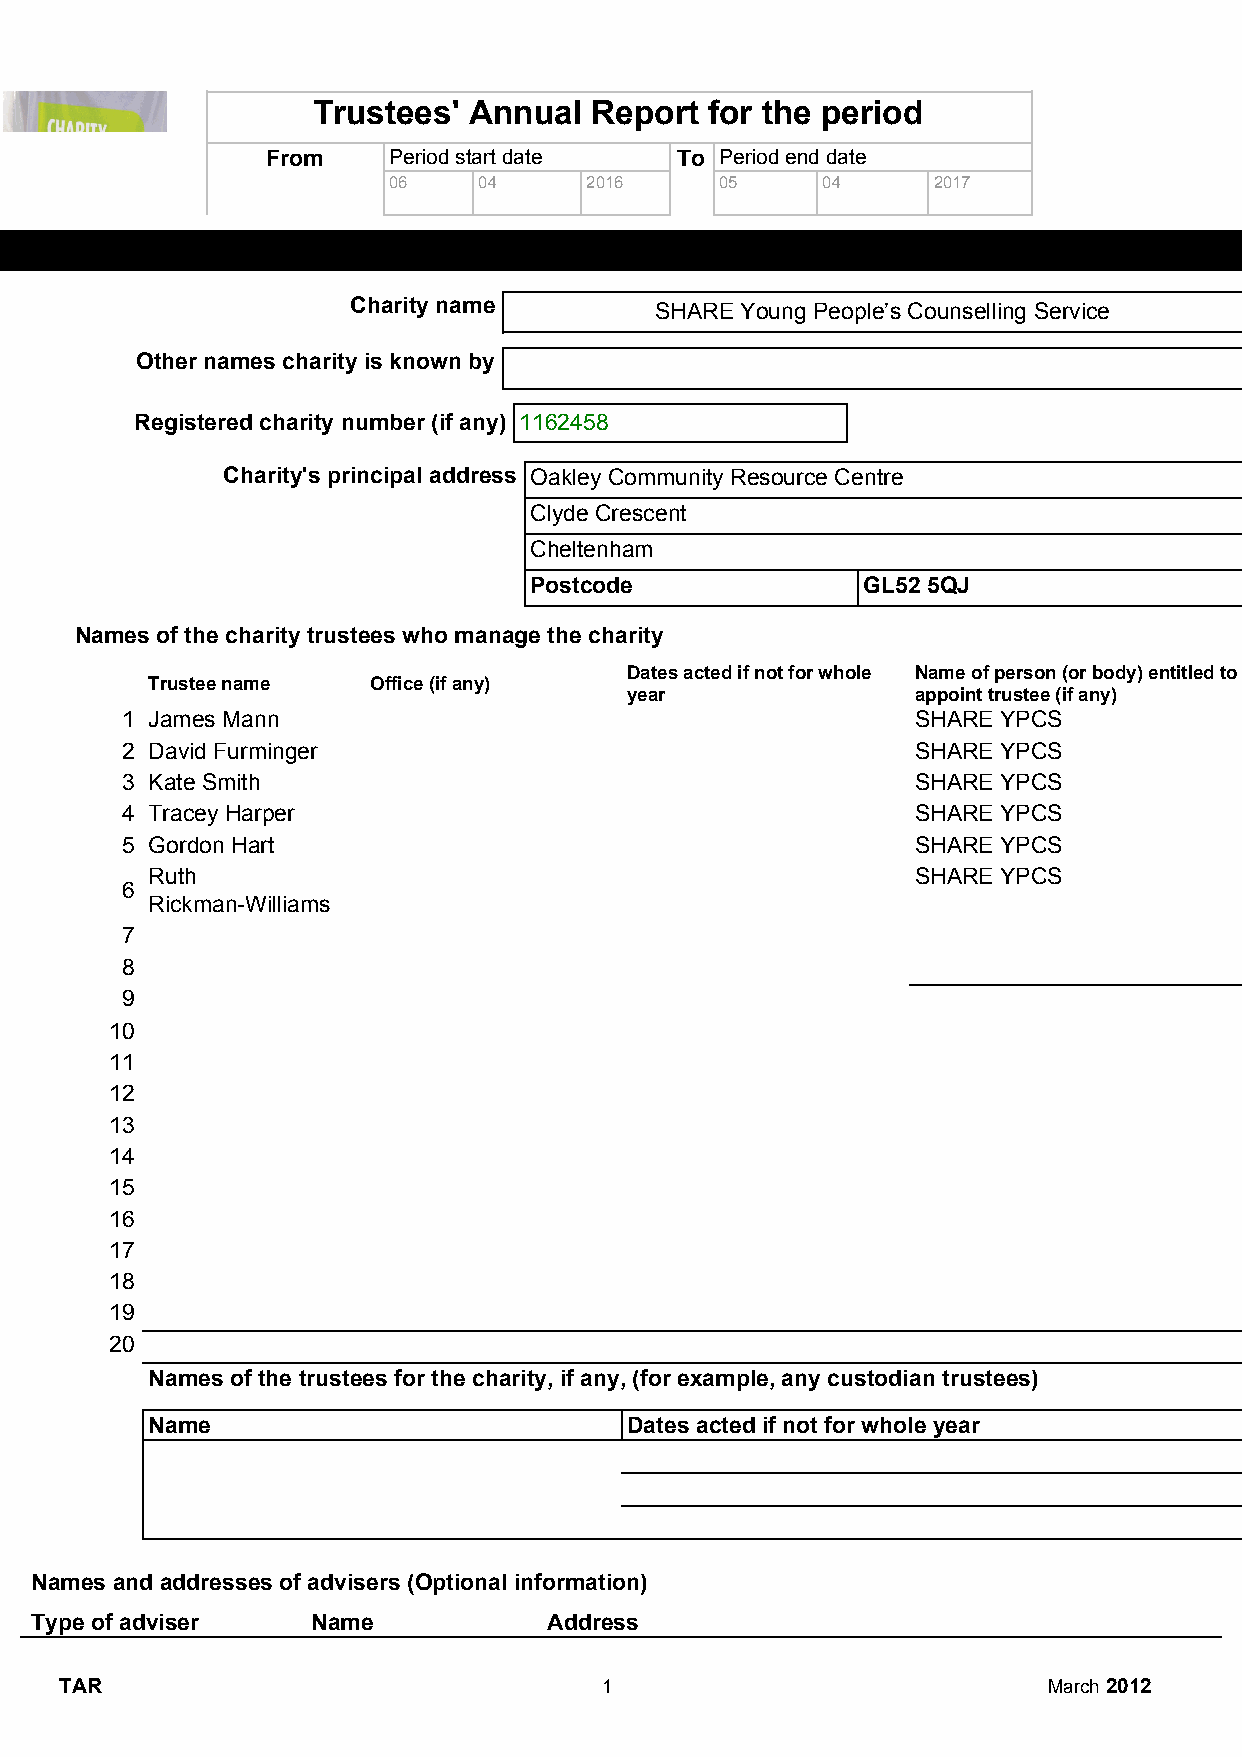
Trustees' Annual  Report  for the period
 From    Period start date  To Period end date
 06    04     2016     05    04      2017
 Section A              Reference  and administration details
 Charity name
 SHARE Young People’s Counselling Service
 Other names charity is known by
 Registered charity number (if any) 1162458
 Charity's principal address Oakley Community Resource Centre
 Clyde Crescent
 Cheltenham
 Postcode              GL52 5QJ
 Names of the charity trustees who manage the charity
 Dates acted if not for whole Name of person (or body) entitled to
 Trustee name   Office (if any)
 year                appoint trustee (if any)
 1 James Mann                                         SHARE YPCS
 2 David Furminger                                    SHARE YPCS
 3 Kate Smith                                         SHARE YPCS
 4 Tracey Harper                                      SHARE YPCS
 5 Gordon Hart                                        SHARE YPCS
 Ruth                                               SHARE YPCS
 6
 Rickman-Williams
 7
 8
 9
 10
 11
 12
 13
 14
 15
 16
 17
 18
 19
 20
 Names of the trustees for the charity, if any, (for example, any custodian trustees)
 Name                           Dates acted if not for whole year
 Names and addresses of advisers (Optional information)
 Type of adviser    Name           Address
 TAR                                 1                            March 2012
 ​